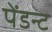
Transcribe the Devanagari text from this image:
पेंडन्ट